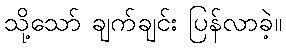
သို့သော် ချက်ချင်း ပြန်လာခဲ့။